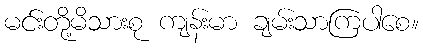
မင်းတို့မိသားစု ကျန်းမာ ချမ်းသာကြပါစေ။